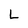
Character: L